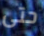
حتى